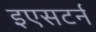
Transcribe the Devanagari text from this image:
इएसटर्न